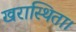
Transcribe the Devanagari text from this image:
खरास्थिता।